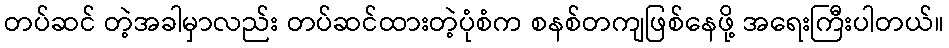
တပ်ဆင် တဲ့အခါမှာလည်း တပ်ဆင်ထားတဲ့ပုံစံက စနစ်တကျဖြစ်နေဖို့ အရေးကြီးပါတယ်။